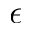
\epsilon